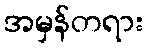
အမှန်တရား